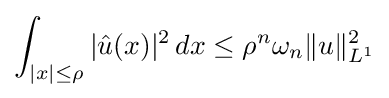
\int _{|x|\leq \rho }|{\hat {u}}(x)|^{2}\,dx\leq \rho ^{n}\omega _{n}\|u\|_{L^{1}}^{2}